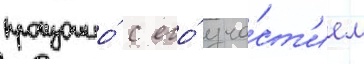
произошло́ с его́ уча́ст'ием